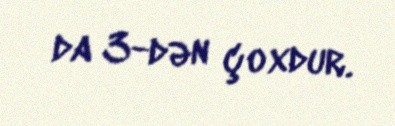
da 3-dən çoxdur.